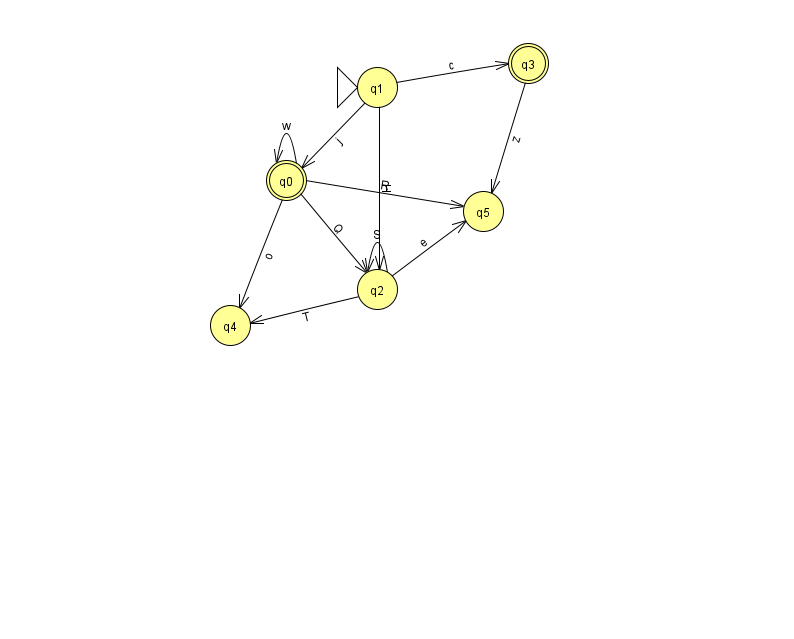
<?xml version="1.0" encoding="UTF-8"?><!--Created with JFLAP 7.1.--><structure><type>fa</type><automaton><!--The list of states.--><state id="0" name="q0"><x>286.0</x><y>167.0</y><final/></state><state id="1" name="q1"><x>377.0</x><y>74.0</y><initial/></state><state id="2" name="q2"><x>377.0</x><y>276.0</y></state><state id="3" name="q3"><x>528.0</x><y>50.0</y><final/></state><state id="4" name="q4"><x>230.0</x><y>312.0</y></state><state id="5" name="q5"><x>483.0</x><y>198.0</y></state><!--The list of transitions.--><transition><from>3</from><to>5</to><read>z</read></transition><transition><from>0</from><to>5</to><read>R</read></transition><transition><from>2</from><to>2</to><read>S</read></transition><transition><from>2</from><to>5</to><read>e</read></transition><transition><from>2</from><to>4</to><read>T</read></transition><transition><from>0</from><to>0</to><read>w</read></transition><transition><from>0</from><to>2</to><read>Q</read></transition><transition><from>0</from><to>4</to><read>o</read></transition><transition><from>1</from><to>2</to><read>H</read></transition><transition><from>1</from><to>0</to><read>j</read></transition><transition><from>1</from><to>3</to><read>c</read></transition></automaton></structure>